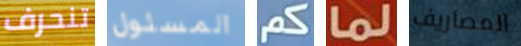
تنحرف المسئول كم لما المصاريف